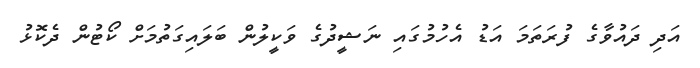
އަދި ދައުވާގެ ފުރަތަމަ އަޑު އެހުމުގައި ނަޝީދުގެ ވަކީލުން ބަލައިގަތުމަށް ކޯޓުން ދެކޮޅު